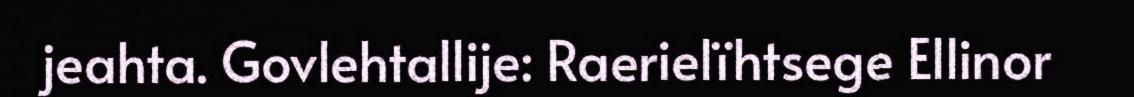
jeahta. Govlehtallije: Raerielïhtsege Ellinor